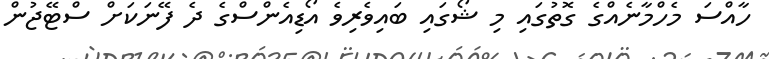
ހާއްސަ މެހްމާނެއްގެ ގޮތުގައި މި ޝޯގައި ބައިވެރިވެ އޯޑިއެންސްގެ ދެ ފޭނަކަށް ސްޓޭޖުން